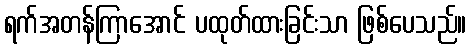
ရက်အတန်ကြာအောင် ပထုတ်ထားခြင်းသာ ဖြစ်ပေသည်။